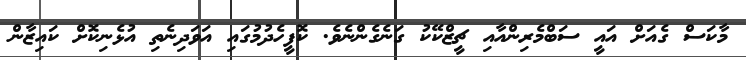
މާކަސް ގެއަށް އައީ ސަބްމެރިންއާއި ޗީޒްކޭކު ގަނެގެންނެވެ. ކޮފީހެދުމުގައި އަވަދިނެތި އުޅެނިކޮށް ކައިޒާން